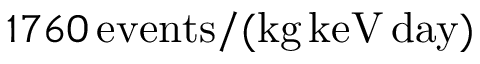
1 7 6 0 \, \mathrm { e v e n t s } / ( \mathrm { k g } \, \mathrm { k e V } \, \mathrm { d a y } )